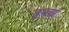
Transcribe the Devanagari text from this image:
तुमचां